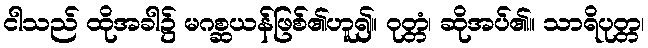
ငါသည် ထိုအခါ၌ မဂစ္ဆယန်ဖြစ်၏ဟူ၍။ ဝုတ္တံ၊ ဆိုအပ်၏။ သာရိပုတ္တ၊